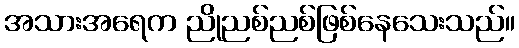
အသားအရေက ညိုညစ်ညစ်ဖြစ်နေသေးသည်။